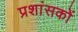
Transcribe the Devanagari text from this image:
प्रशांसकों